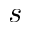
s